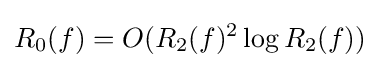
R_{0}(f)=O(R_{2}(f)^{2}\log R_{2}(f))